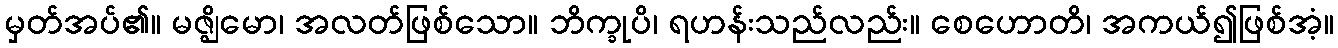
မှတ်အပ်၏။ မဇ္ဈိမော၊ အလတ်ဖြစ်သော။ ဘိက္ခုပိ၊ ရဟန်းသည်လည်း။ စေဟောတိ၊ အကယ်၍ဖြစ်အံ့။